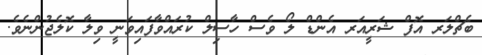
ބެޗްލަރ އޮފް ޝަރީއަރ އެންޑް ލޯ ވެސް ހާސިލް ކުރައްވާފައިވަނީ ވިލާ ކޮލެޖުންނެވެ.